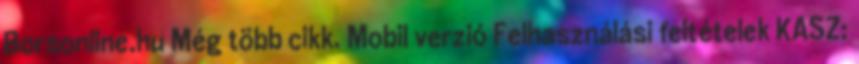
Borsonline.hu Még több cikk. Mobil verzió Felhasználási feltételek KASZ: